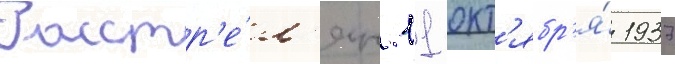
Расстр'е́л'ян 11 окт'ябр'я́ 1937